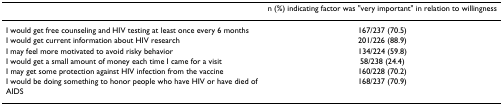
<table><thead><tr><td></td><td><b>n (%) indicating factor was &quot;very important&quot; in relation to willingness</b></td></tr></thead><tbody><tr><td>I would get free counseling and HIV testing at least once every 6 months</td><td>167/237 (70.5)</td></tr><tr><td>I would get current information about HIV research</td><td>201/226 (88.9)</td></tr><tr><td>I may feel more motivated to avoid risky behavior</td><td>134/224 (59.8)</td></tr><tr><td>I would get a small amount of money each time I came for a visit</td><td>58/238 (24.4)</td></tr><tr><td>I may get some protection against HIV infection from the vaccine</td><td>160/228 (70.2)</td></tr><tr><td>I would be doing something to honor people who have HIV or have died of AIDS</td><td>168/237 (70.9)</td></tr></tbody></table>